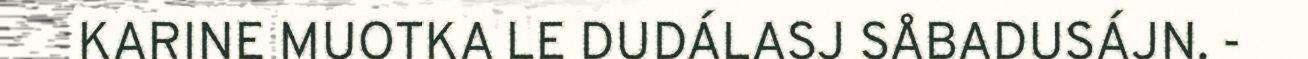
KARINE MUOTKA LE DUDÁLASJ SÅBADUSÁJN. -